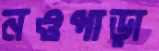
নওপাড়া